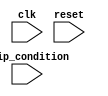
module loop_with_skip_statements(
    input wire clk,
    input wire reset,
    input wire skip_condition,
    // Add any additional inputs/outputs as needed
);

reg [7:0] counter;
reg skip_iteration;

always @(posedge clk or posedge reset) begin
    if (reset) begin
        skip_iteration <= 0;
        counter <= 0;
    end else begin
        if (skip_condition) begin
            skip_iteration <= 1;
        end else if (skip_iteration) begin
            skip_iteration <= 0;
            counter <= counter + 1;
        end else begin
            counter <= counter + 1;
        end
    end
end

// Add any other logic for the loop behavior here

endmodule